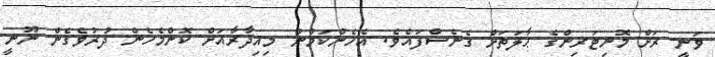
ވަނީ ރަށް މޮނިޓަރިންގެ ޙާލަތަށް ގެނެސްފައެވެ. އެހެންކަމުން މިއިދާރާއަށް ކޮންމެހެން ދުރުވެގެން ނޫނީ